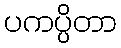
ပကပ္ပိတာ